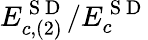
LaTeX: E_{c,(2)}^{\mathrm{~S~D~}}/E_{c}^{\mathrm{~S~D~}}